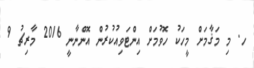
ހ. މި މަޤާމަށް މީހަކު ހޮވުމަށް އިންޓަވިއުކުރުން އޮންނާނީ 2016 މާރިޗު 9